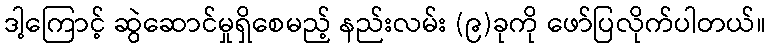
ဒါ့ကြောင့် ဆွဲဆောင်မှုရှိစေမည့် နည်းလမ်း (၉)ခုကို ဖော်ပြလိုက်ပါတယ်။